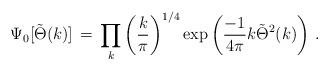
LaTeX: \begin{align*}\Psi_0 [\tilde{\Theta} (k)]\, =\, \prod_k \left({k\over \pi}\right)^{1/4} \exp\left({-1\over 4\pi} k \tilde{\Theta}^2 (k)\right)\, .\end{align*}